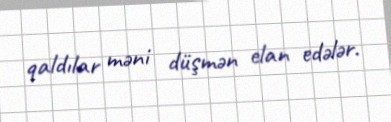
qaldılar məni düşmən elan edələr.